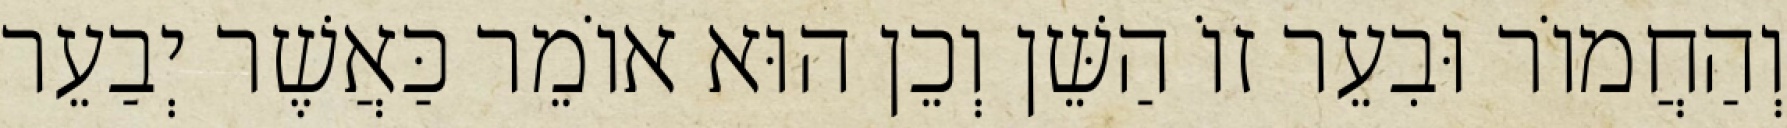
וְהַחֲמוֹר וּבִעֵר זוֹ הַשֵּׁן וְכֵן הוּא אוֹמֵר כַּאֲשֶׁר יְבַעֵר